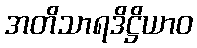
အတိသာရဒိဋ္ဌိယာဝ